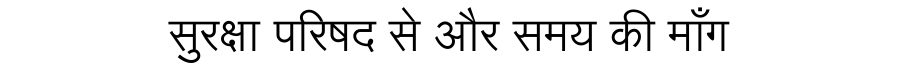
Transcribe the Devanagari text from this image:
सुरक्षा परिषद से और समय की माँग